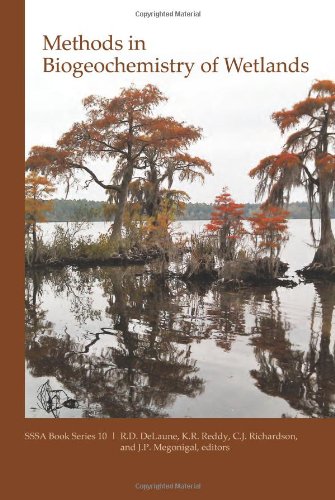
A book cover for Methods in Biogeochemistry of Wetlands (Soil Science Society of America Book Series); R.D. DeLaune; Science & Math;